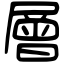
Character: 層